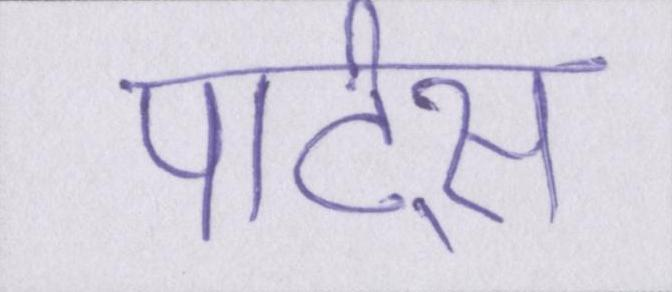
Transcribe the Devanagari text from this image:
पार्ट्स